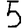
Digit: 5